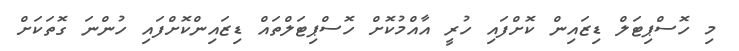
މި ހޮސްޕިޓަލް ޑިޒައިން ކޮށްފައި ހުރީ އާއްމުކޮށް ހޮސްޕިޓަލްތައް ޑިޒައިންކޮށްފައި ހުންނަ ގޮތަކަށް